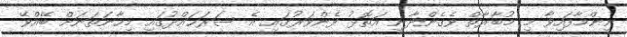
ނިންމާފައިވާ މި މުބާރާތް ވެގެންދާނީ އަތޮޅު ފެންވަރުގައި އެ ސަރަޙައްދުގައި މިހާނަތަނަށް ބޭއްވޭ